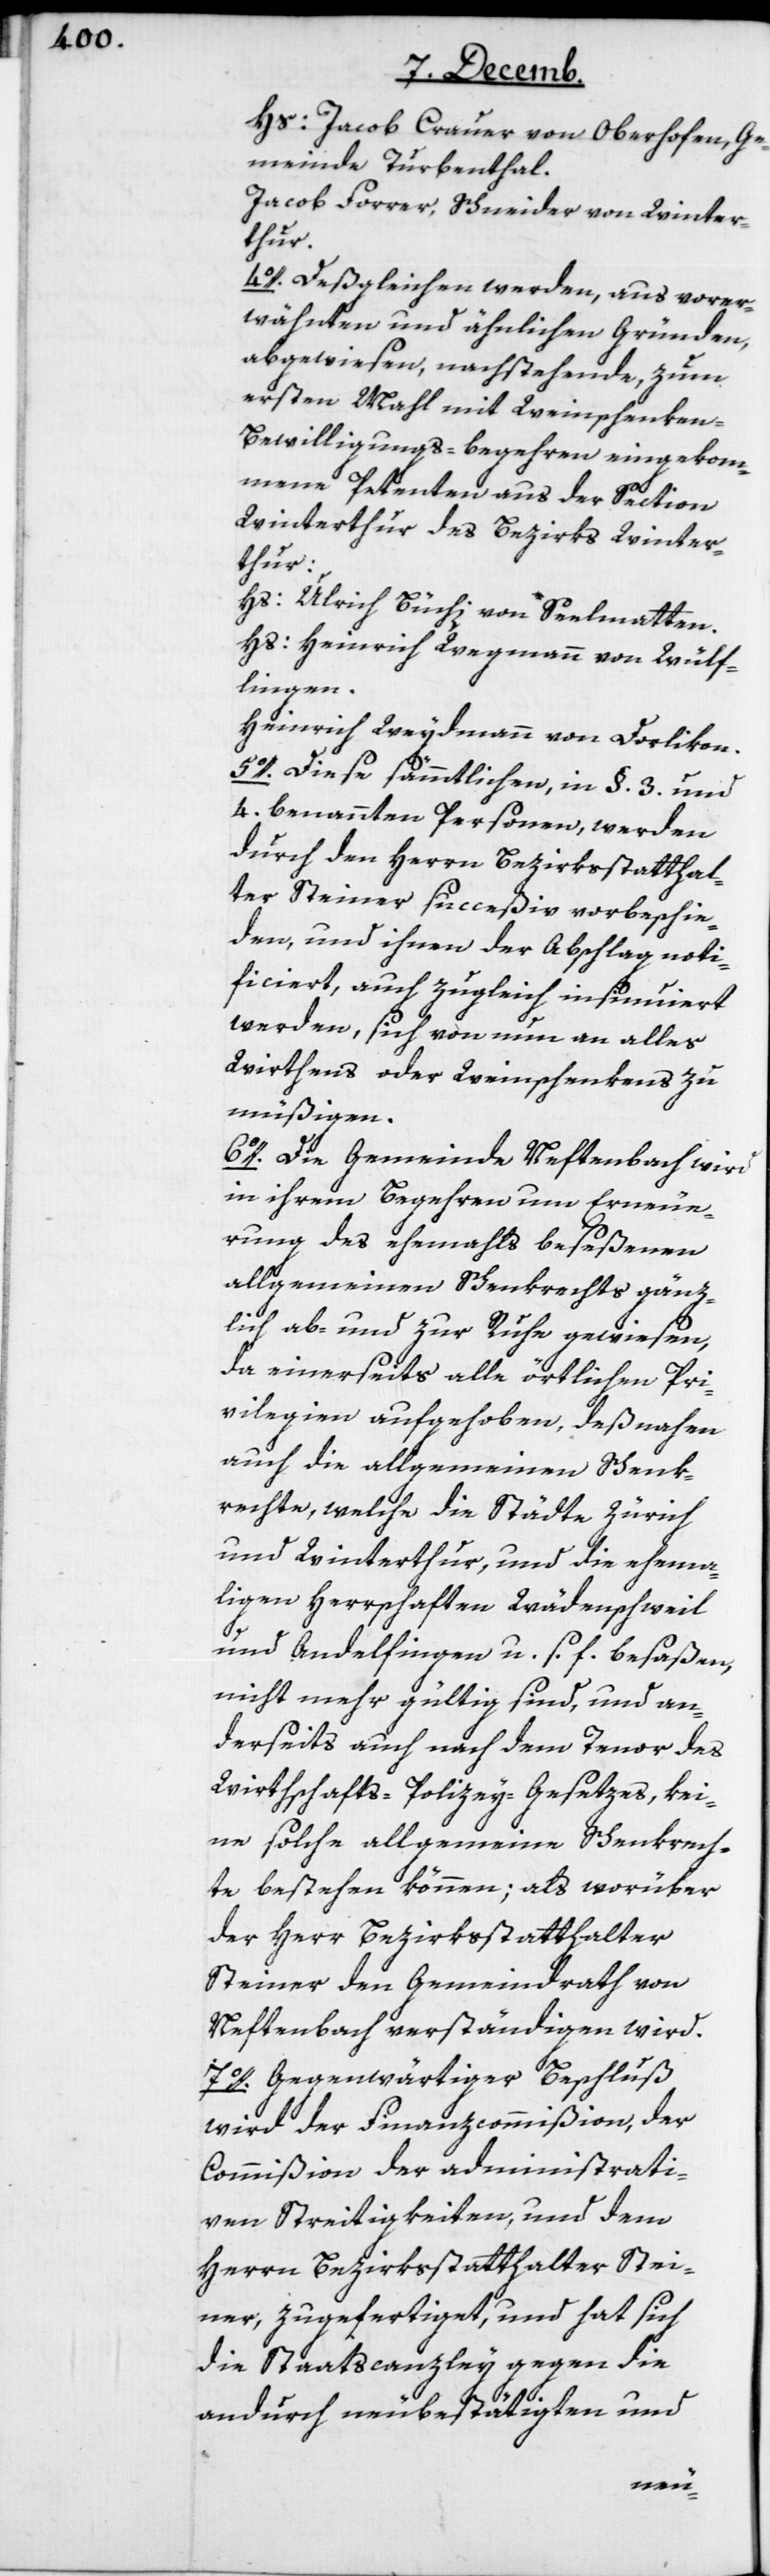
Hs. Jacob Crauer von Oberhofen, Ge¬
meinde Turbenthal.
Jacob Forrer, Schneider von Winter¬
thur.
4o. Deßgleichen werden, aus vorer¬
wähnten und ähnlichen Gründen,
abgewiesen, nachstehende zum
ersten Mahl mit Weinschenke¬
n-Bewilligungs-begehren eingekom¬
mene Petenten aus der Section
Winterthur des Bezirks Winter¬
thur:
Hs. Ulrich Büchi von Seelmatten.
Hs. Heinrich Wegmann von Wülf¬
lingen.
Heinrich Weydmann von Dorlikon.
5o. Diese sämmtlichen, in §. 3. und
4. benannten Personen, werden
durch den Herrn Bezikrsstatthal¬
ter Steiner succeßiv vorbeschie¬
den, und ihnen der Abschlag noti¬
ficiert, auch zugleich insinuiert
werden, sich von nun an alles
Wirthens oder Weinschenkens zu
müßigen.
6o. Die Gemeinde Neftenbach wird
in ihrem Begehren um Erneue¬
rung des ehemahls beseßenen
allgemeinen Schenkrechts gänz¬
lich ab- und zur Ruhe gewiesen,
da einerseits alle örtlichen Pri¬
vilegien aufgehoben, deßnahen
auch die allgemeinen Schenk¬
rechte, welche die Städte Zürich
und Winterthur, und die ehemah¬
ligen Herrschaften Wädenschweil
und Andelfingen u. s. f. besaßen,
nicht mehr gültig sind, und an¬
derseits auch nach dem Tenor des
Wirthschafts-Polizey-Gesetzes, kei¬
ne solche allgemeine Schenkrech¬
te bestehen können; als worüber
der Herr Bezirksstatthalter
Steiner den Gemeindrath von
Neftenbach verständigen wird.
7o. Gegenwärtiger Beschluß
wird der Finanzcommißion, der
Commißion der administrati¬
ven Streitigkeiten und dem
Herrn Bezirksstatthalter Stei¬
ner, zugefertiget, und hat sich
die Staatscanzley gegen die
andurch neubestätigten und